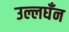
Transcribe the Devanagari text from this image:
उल्लघँन